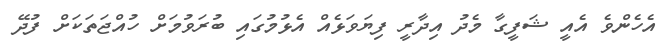
އެހެންވެ އެއީ ޝަފީގާ މެދު އިދާރީ ފިޔަވަޅެއް އެޅުމުގައި ބުރަވުމަށް ހުއްޖަތަކަށް ފުދޭ